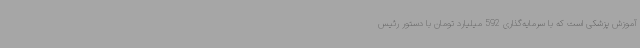
آموزش پزشکی است که با سرمایه‌گذاری 592 میلیارد تومان با دستور رئیس